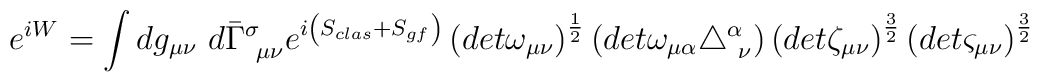
e^{i W} =\int dg_{\mu \nu }~ d\bar{\Gamma}^\sigma_{~\mu \nu }e^{i \left( S_{clas} + S_{gf} \right) }\left(det \omega_{\mu \nu } \right)^\frac{1}{2}\left(det \omega_{\mu \alpha} \triangle^\alpha_{~\nu}  \right)\left(det \zeta_{\mu \nu } \right)^\frac{3}{2}\left(det \varsigma_{\mu \nu } \right)^\frac{3}{2}